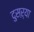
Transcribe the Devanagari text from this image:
दुसऱ्या